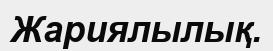
Жариялылық.